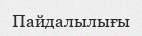
Пайдалылығы